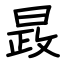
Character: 晸